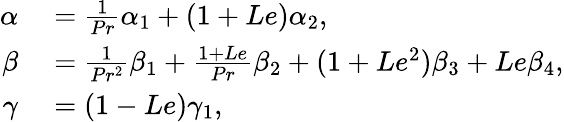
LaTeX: \begin{array}{rl}{\alpha}&{{}=\frac{1}{Pr}\alpha_{1}+(1+Le)\alpha_{2},}\\ {\beta}&{{}=\frac{1}{Pr^{2}}\beta_{1}+\frac{1+Le}{Pr}\beta_{2}+(1+Le^{2})\beta_{3}+Le\beta_{4},}\\ {\gamma}&{{}=(1-Le)\gamma_{1},}\end{array}